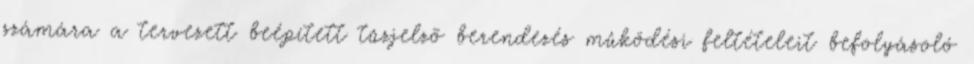
számára a tervezett beépített tûzjelzõ berendezés mûködési feltételeit befolyásoló